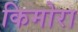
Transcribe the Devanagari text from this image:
किमोरा